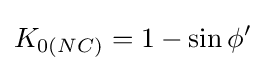
K_{0(NC)}=1-\sin \phi '